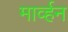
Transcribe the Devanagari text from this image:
मार्व्हन